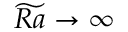
\widetilde { R a } \to \infty